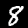
Label: 8